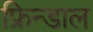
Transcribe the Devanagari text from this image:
फ्रिन्डाल